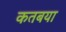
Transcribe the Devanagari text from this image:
कतबया